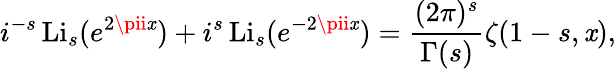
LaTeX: i^{-s}\operatorname{Li}_{s}(e^{2\pii\mathit{x}})+i^{s}\operatorname{Li}_{s}(e^{-2\pii\mathit{x}})={\frac{{(2\pi)^{s}}}{{\Gamma(s)}}}\zeta(1-s,\mathit{x}),